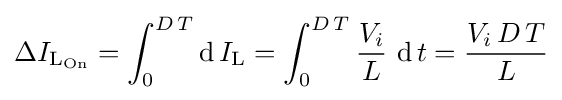
\Delta I_{{\text{L}}_{\text{On}}}=\int _{0}^{D\,T}\operatorname {d} I_{\text{L}}=\int _{0}^{D\,T}{\frac {V_{i}}{L}}\,\operatorname {d} t={\frac {V_{i}\,D\,T}{L}}